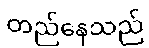
တည်နေသည်